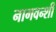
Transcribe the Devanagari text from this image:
नागवन्शी